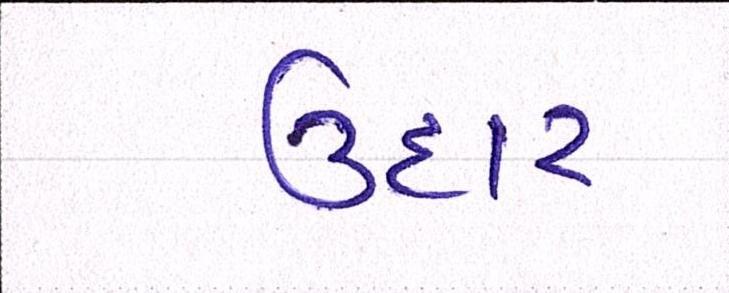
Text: ઉદાર